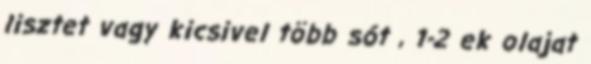
lisztet vagy kicsivel több sót , 1-2 ek olajat